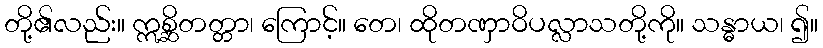
တို့၏လည်း။ ဣစ္ဆိတတ္တာ၊ ကြောင့်။ တေ၊ ထိုတဏှာဝိပလ္လာသတို့ကို။ သန္ဓာယ၊ ၍။